Lunatic asylums Central Provinces reports 1874-1885 - 1874-1885
Year: 1874
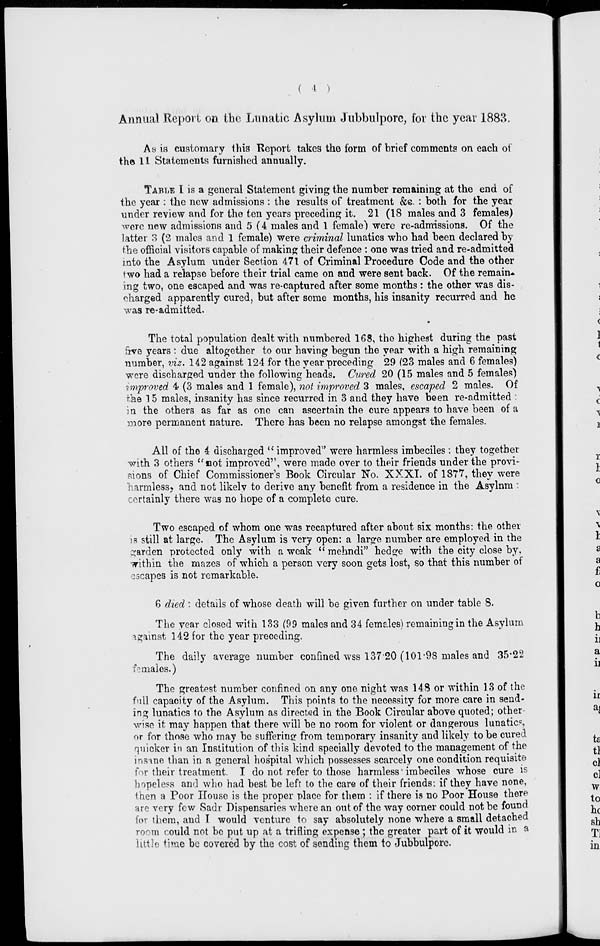
( 4 )
Annual Report on the Lunatic Asylum Jubbulpore, for the year 1883.
As is customary this Report takes the form of brief comments on each of
the 11 Statements furnished annually.
TABLE I is a general Statement giving the number remaining at the end of
the year : the new admissions : the results of treatment &c. : both for the year
under review and for the ten years preceding it. 21 (18 males and 3 females)
were new admissions and 5(4 males and 1 female) were re-admissions. Of the
latter 3 (2 males and 1 female) were criminal lunatics who had been declared by
the official visitors capable of making their defence : one was tried and re-admitted
into the Asylum under Section 471 of Criminal Procedure Code and the other
two had a relapse before their trial came on and were sent back. Of the remain-
ing two, one escaped and was re-captured after some months : the other was dis-
charged apparently cured, but after some months, his insanity recurred and he
was re-admitted.
The total population dealt with numbered 168, the highest during the past
five years : due altogether to our having begun the year with a high remaining
number, viz. 142 against 124 for the year preceding 29 (23 males and 6 females)
were discharged under the following heads. Cured 20 (15 males and 5 females)
improved 4 (3 males and 1 female), not improved 3 males, escaped 2 males. Of
the 15 males, insanity has since recurred in 3 and they have been re-admitted
in the others as far as one can ascertain the cure appears to have been of a
more permanent nature. There has been no relapse amongst the females.
All of the 4 discharged '' improved " were harmless imbeciles : they together
with 3 others " not improved '', were made over to their friends under the provi-
sions of Chief Commissioner's Book Circular No. XXXI. of 1877, they were
harmless, and not likely to derive any benefit from a residence in the Asylum
certainly there was no hope of a complete cure.
Two escaped of whom one was recaptured after about six months: the other
is still at large. The Asylum is very open: a large number are employed in the
garden protected only with a weak "mehndi" hedge with the city close by,
within the mazes of which a person very soon gets lost, so that this number of
escapes is not remarkable.
6 died : details of whose death will be given further on under table 8.
The year closed with 133 (99 males and 34 females) remaining in the Asylum
against 142 for the year preceding.
The daily average number confined wss 137.20 (101.98 males and 35.22
females.)
The greatest number confined on any one night was 148 or within 13 of the
full capacity of the Asylum. This points to the necessity for more care in send-
ing lunatics to the Asylum as directed in the Book Circular above quoted; other-
wise it may happen that there will be no room for violent or dangerous lunatics,
or for those who may be suffering from temporary insanity and likely to be cured
quicker in an Institution of this kind specially devoted to the management of the
insane than in a general hospital which possesses scarcely one condition requisite
for their treatment. I do not refer to those harmless imbeciles whose cure is
hopeless and who had best be left to the care of their friends: if they have none,
then a Poor House is the proper place for them : if there is no Poor House there
are very few Sadr Dispensaries where an out of the way corner could not be found
for them, and I would venture to say absolutely none where a small detached
room could not be put up at a trifling expense ; the greater part of it would in a
little time be covered by the cost of sending them to Jubbulpore.